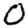
Digit: 0